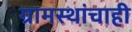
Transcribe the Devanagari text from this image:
ग्रामस्थांचाही